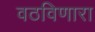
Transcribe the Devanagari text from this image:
वठविणारा